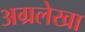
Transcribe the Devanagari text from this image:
अग्रलेखा